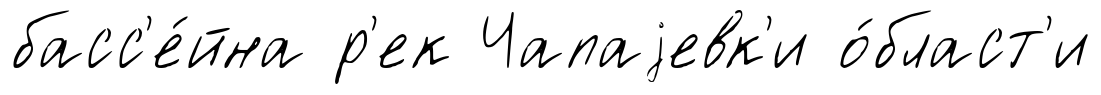
басс'е́йна р'ек Чапаjевк'и о́бласт'и